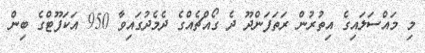
މި މައްސަލައިގެ އިތުރުން ރަތަފަންދޫ ދެ ގޯއްޗެއްގެ ދެމެދުގައިވާ 950 އަކަފޫޓްގެ ބިން